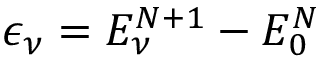
\epsilon _ { \nu } = E _ { \nu } ^ { N + 1 } - E _ { 0 } ^ { N }